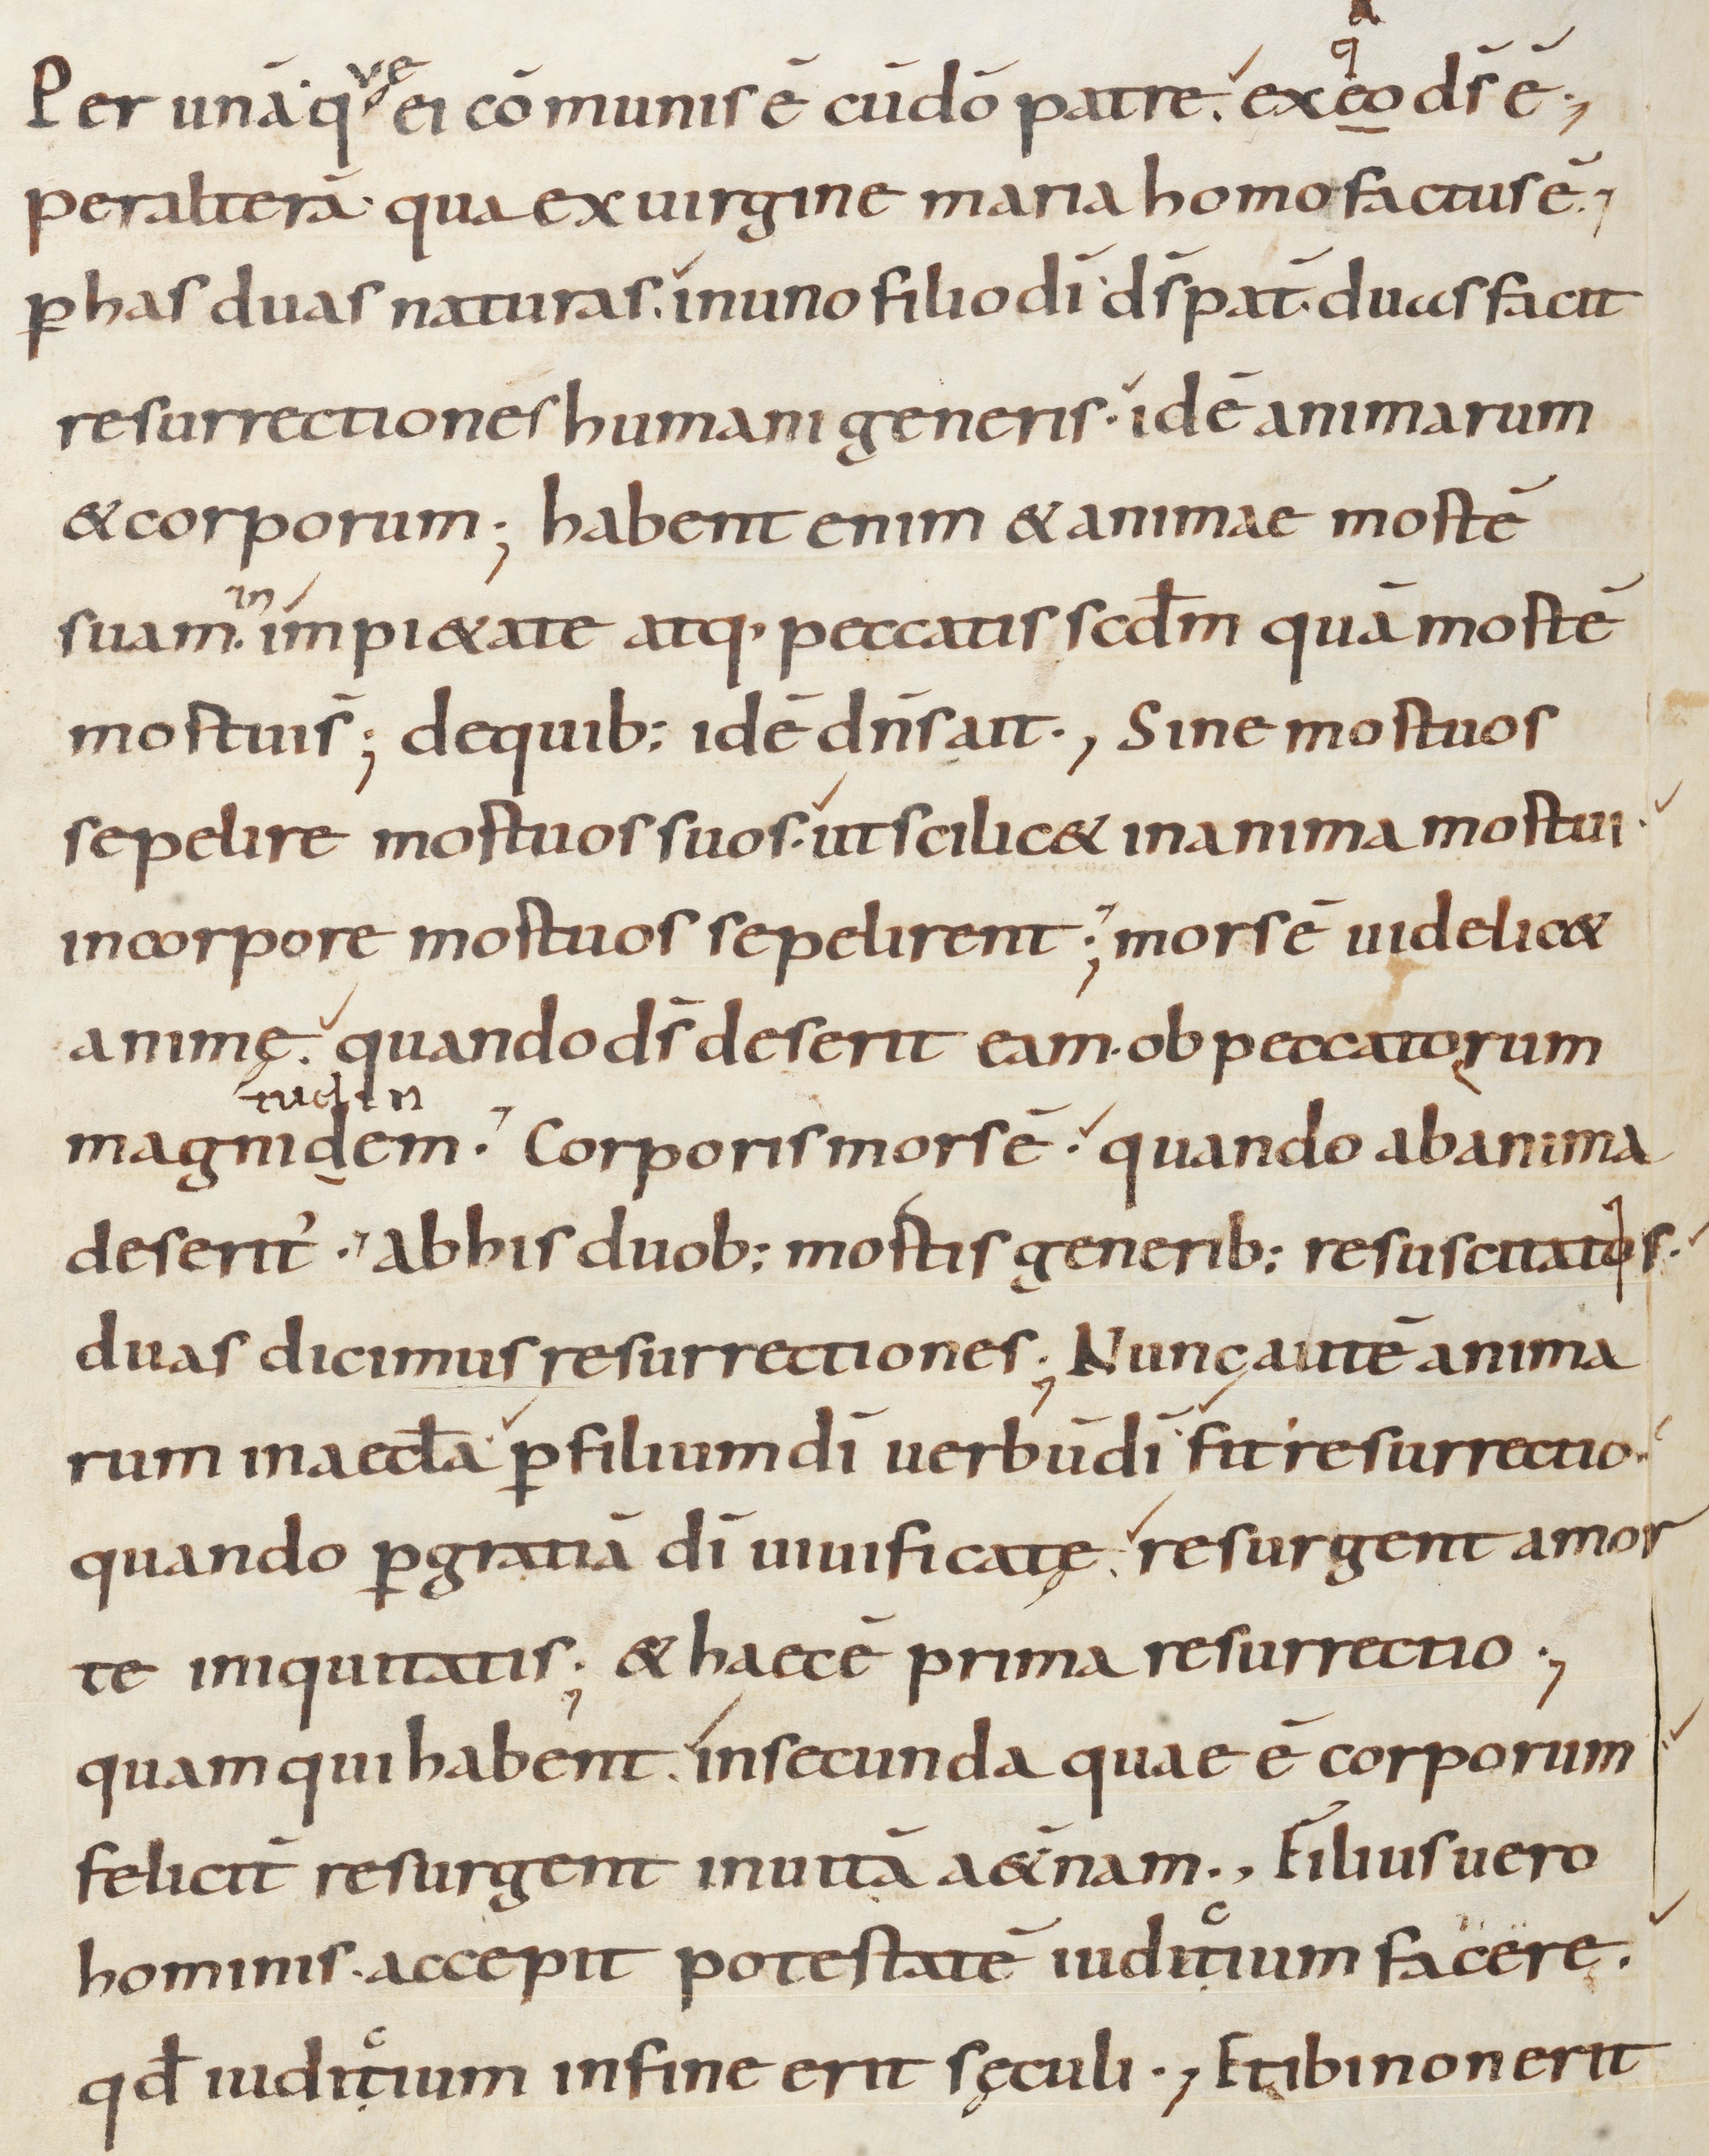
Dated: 800–899